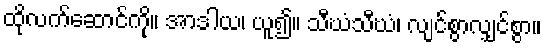
ထိုလက်ဆောင်ကို။ အာဒါယ၊ ယူ၍။ သီဃံသီဃံ၊ လျင်စွာလျှင်စွာ။